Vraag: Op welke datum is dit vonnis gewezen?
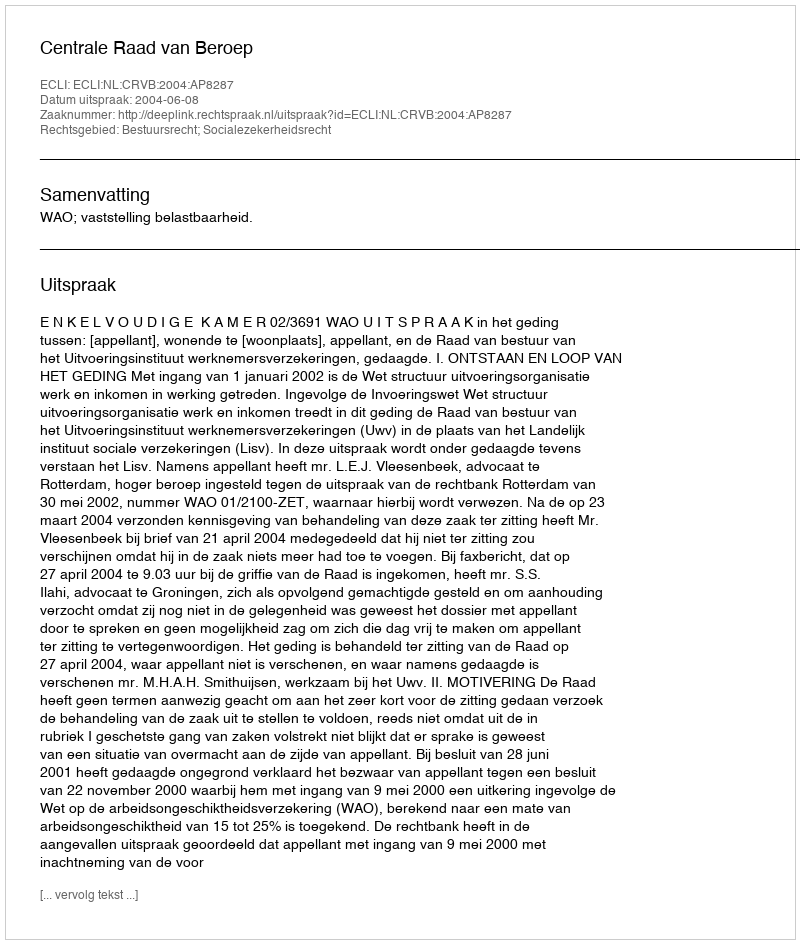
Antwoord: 2004-06-08